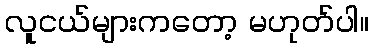
လူငယ်များကတော့ မဟုတ်ပါ။